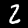
Digit: 2